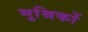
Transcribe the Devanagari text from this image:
मुश्रिकों